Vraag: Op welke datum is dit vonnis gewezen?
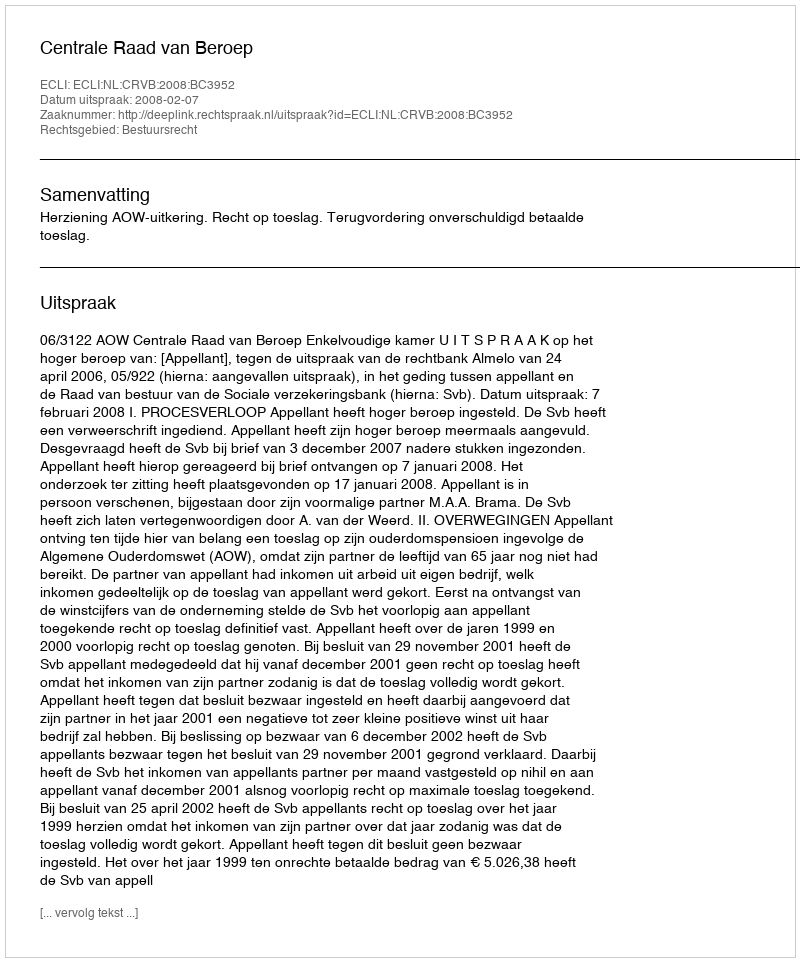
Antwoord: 2008-02-07